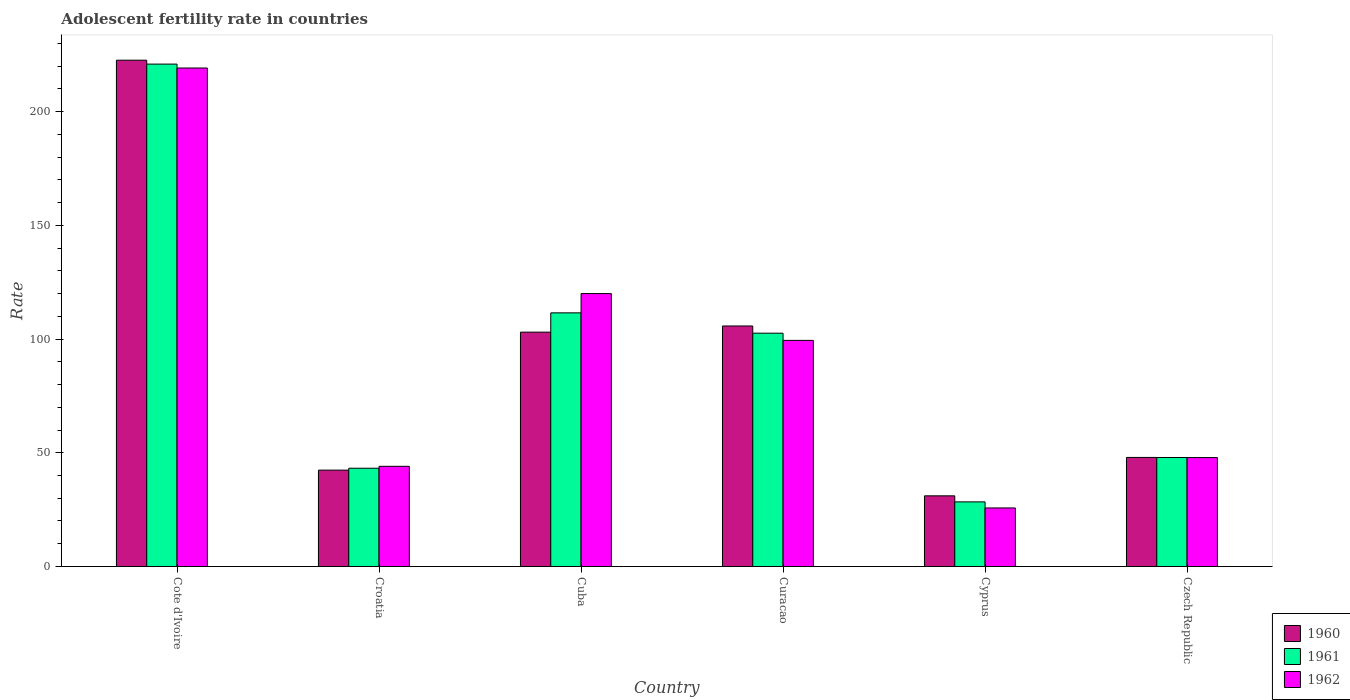
| Country | 1960 | 1961 | 1962 |
 | --- | --- | --- | --- |
 | Cote d'Ivoire | 223 | 221 | 219 |
 | Croatia | 42.4 | 43.2 | 44 |
 | Cuba | 103 | 112 | 120 |
 | Curacao | 106 | 103 | 99.4 |
 | Cyprus | 31.1 | 28.4 | 25.7 |
 | Czech Republic | 48 | 47.9 | 47.9 |